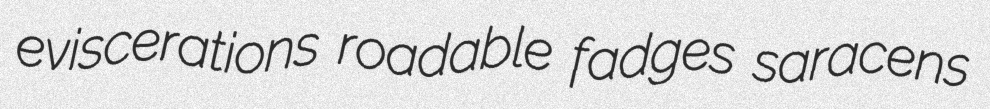
eviscerations roadable fadges saracens